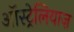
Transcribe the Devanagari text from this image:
ऑस्ट्रेलियाज़